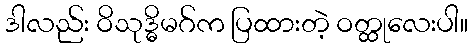
ဒါလည်း ဝိသုဒ္ဓိမဂ်က ပြထားတဲ့ ဝတ္ထုလေးပါ။